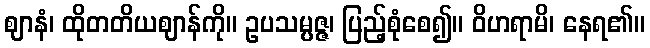
ဈာနံ၊ ထိုတတိယဈာန်ကို။ ဥပသမ္ပဇ္ဇ၊ ပြည့်စုံစေ၍။ ဝိဟရာမိ၊ နေရ၏။